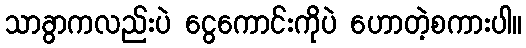
သာခွာကလည်းပဲ ငွေကောင်းကိုပဲ ဟောတဲ့စကားပါ။